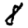
Digit: 8